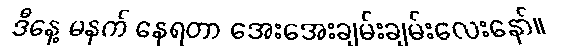
ဒီနေ့ မနက် နေရတာ အေးအေးချမ်းချမ်းလေးနော်။